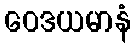
ဝေဒယမာနံ